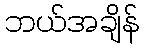
ဘယ်အချိန်